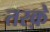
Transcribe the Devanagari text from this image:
तरक़े